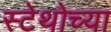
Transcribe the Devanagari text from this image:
स्टेथोच्या